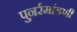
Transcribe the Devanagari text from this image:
पुनर्रमांडणी